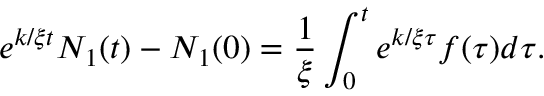
e ^ { k / \xi t } N _ { 1 } ( t ) - N _ { 1 } ( 0 ) = \frac { 1 } { \xi } \int _ { 0 } ^ { t } e ^ { k / \xi \tau } f ( \tau ) d \tau .